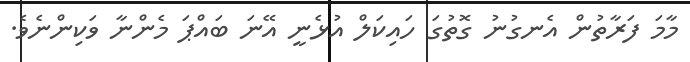
މާމަ ފަރާތުން އެނގުނު ގޮތުގަ ހައިކަލް އުޅެނީ އޭނަ ބައްޕަ މެންނާ ވަކިންނެވެ.